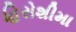
હિરોશીમા